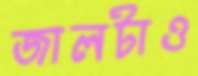
জালটাও